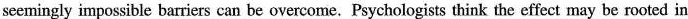
seemingly impossible barriers can be overcome.Psychologists think the effect may be rooted in